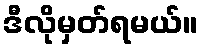
ဒီလိုမှတ်ရမယ်။